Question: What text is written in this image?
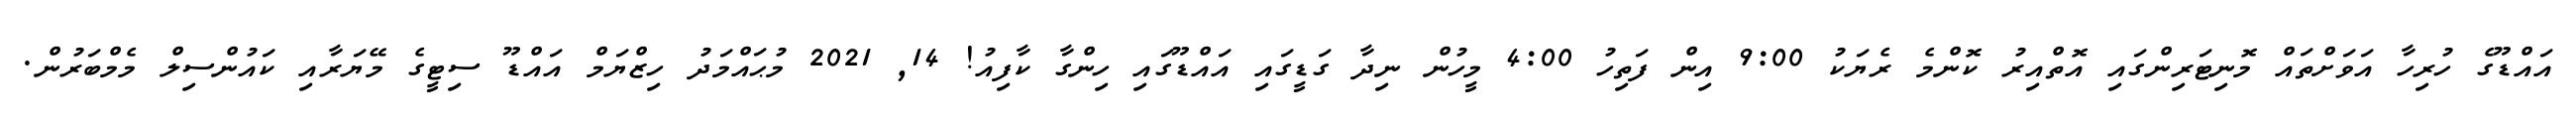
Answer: އައްޑޫގެ ހުރިހާ އަވަށްތައް މޮނިޓަރިންގައި އޮތްއިރު ކޮންމެ ރެޔަކު 9:00 އިން ފަތިހު 4:00 މީހުން ނިދާ ގަޑީގައި އައްޑޫގައި ހިންގާ ކާފިއު! 14, 2021 މުޙައްމަދު ހިޒްޔަމް އައްޑޫ ސިޓީގެ މޭޔަރާއި ކައުންސިލް މެމްބަރުން.